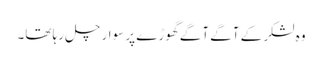
وہ لشکر کے آگے آگے گھوڑے پر سوار چل رہا تھا۔